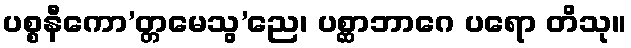
ပစ္စနီကော’တ္တမေသွ’ညေ၊ ပစ္ဆာဘာဂေ ပရော တိသု။